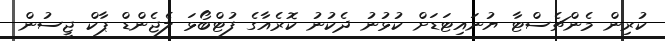
ކުރިން މެންޗެސްޓާ ޔުނައިޓަޑަށް ކުޅުނު ދެކުނު ކޮރެއާގެ ފުޓްބޯޅަ ލެޖެންޑް ޕާކް ޖީސުން